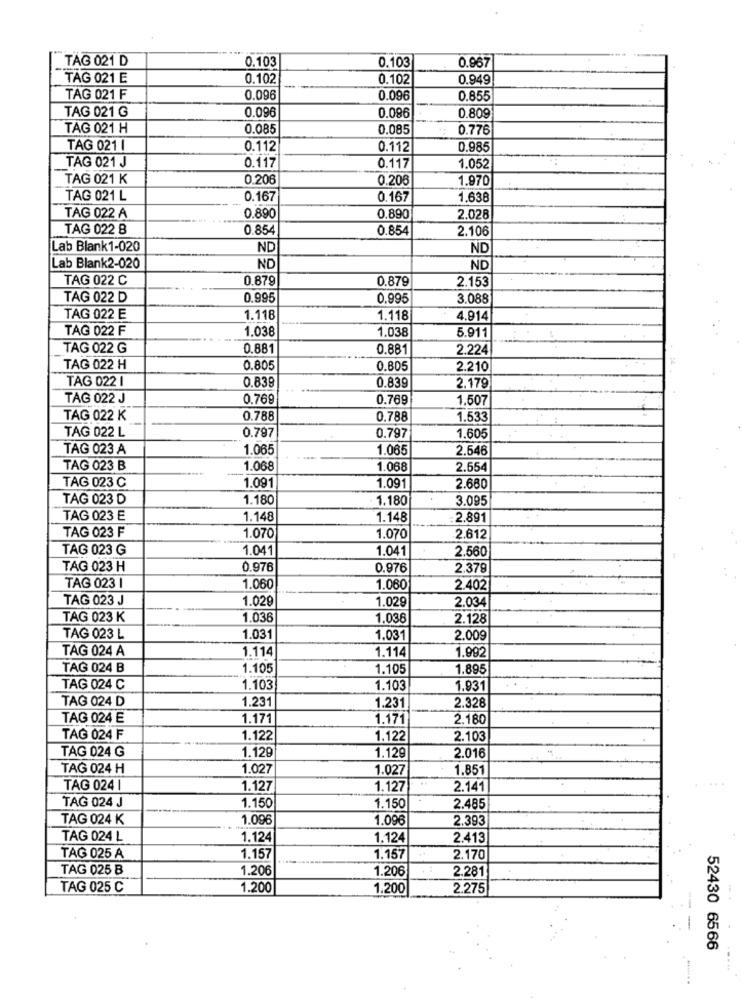
TAG 021 D
0.103
0.967
0.103
TAG 021 E
0.102
0.102
0.949
TAG 021 F
0.096
0.096
0.855
TAG 021 G
0.096
0.096
0.809
TAG 021 H
0.085
0.085
0.776
TAG 021 I
0.112
0.112
0.985
TAG 021 J
0.117
0.117
1.052
TAG 021 K
0.206
0.206
1.970
TAG 021 L
0.167
0.167
1.638
TAG 022 A
0.890
0,890
2.028
TAG 022 B
0.854
0.854
2.106
Lab Blank1-020
ND
ND
Lab Blank2-020
ND
ND
TAG 022 C
0.879
0.879
2.153
TAG 022 D
0.995
0.995
3.088
TAG 022 E
1.118
1.118
4.914
TAG 022 F
1.038
1.038
5.911
TAG 022 G
0.881
0.881
2.224
TAG 022 H
0.805
0.805
2.210
TAG 022 I
2.179
0.839
0.839
TAG 022 J
0.769
0.769
1.507
TAG 022 K
0.788
0,788
1.533
TAG 022 L
0.797
0.797
1.605
TAG 023 A
1.065
1.065
2.646
TAG 023 B
1.068
1.068
2.554
TAG 023 C
1.091
1.09
2.660
TAG 023 D
1.180
1.180
3.095
TAG 023 E
1.148
1.148
2.891
TAG 023 F
1.070
1.070
2.612
TAG 023 G
1.041
1.041
2.560
TAG 023 H
0.976
0.976
2.379
TAG 023 1
1.060
1.060
2.402
TAG 023 J
1.029
1.029
2.034
TAG 023 K
1.036
1.036
2.128
TAG 023 L
1.031
1.031
2.009
TAG 024 A
1.114
1.114
1.992
TAG 024 B
1.105
1.105
1.895
TAG 024 C
1.103
1.103
1.931
TAG 024 D
1.231
2.328
1.231
TAG 024 E
1.171
1.171
2.180
TAG 024 F
1.122
1.122
2.103
TAG 024 G
1.129
1.129
2.016
TAG 024 H
1.027
1.027
1.851
TAG 024 1
1.127
1.127
2.141
TAG 024 J
1.150
1.150
2.485
TAG 024 K
1.096
1.096
2.393
TAG 024 L
1.124
1.124
2.413
TAG 025 A
1.157
1.157
2.170
TAG 025 B
1.206
1.206
2.281
TAG 025 C
1.200
1.200
2.275
52430 6566